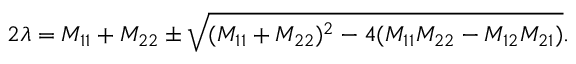
2 \lambda = M _ { 1 1 } + M _ { 2 2 } \pm \sqrt { ( M _ { 1 1 } + M _ { 2 2 } ) ^ { 2 } - 4 ( M _ { 1 1 } M _ { 2 2 } - M _ { 1 2 } M _ { 2 1 } ) } .